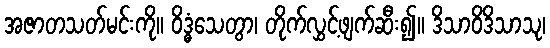
အဇာတသတ်မင်းကို။ ဝိဒ္ဓံသေတွာ၊ တိုက်လွှင့်ဖျက်ဆီး၍။ ဒိသာဝိဒိသာသု၊